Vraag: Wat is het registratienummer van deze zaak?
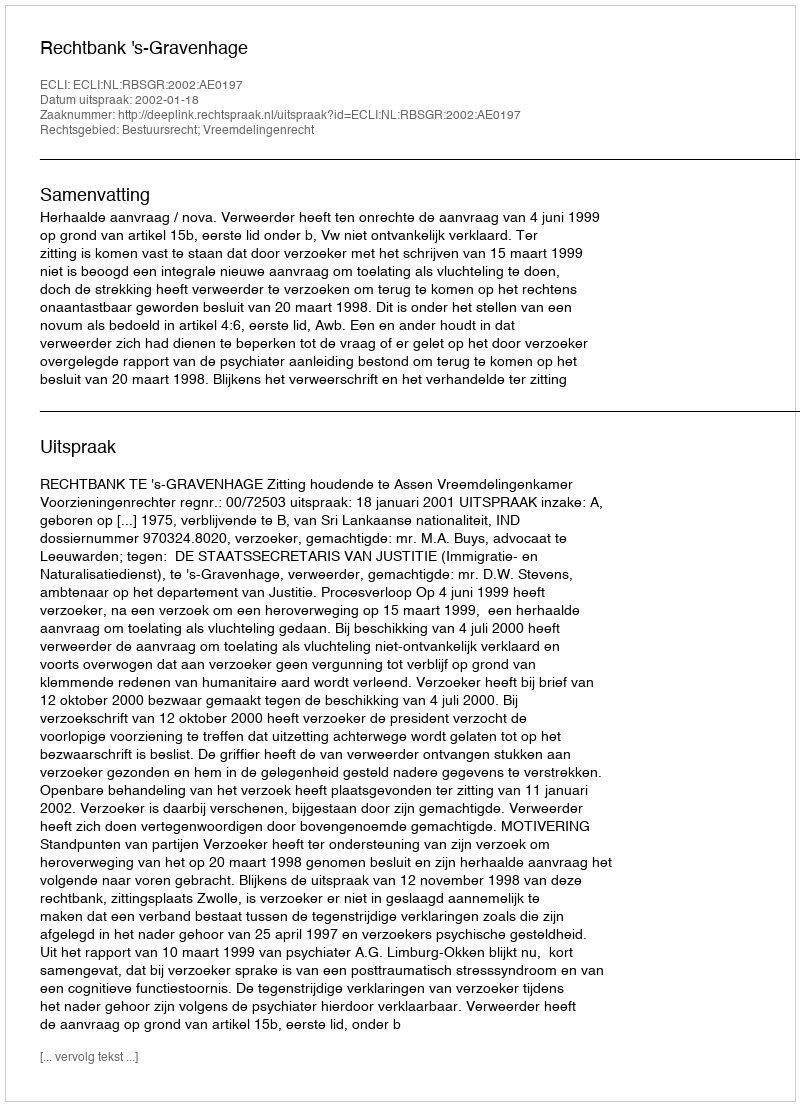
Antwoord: http://deeplink.rechtspraak.nl/uitspraak?id=ECLI:NL:RBSGR:2002:AE0197